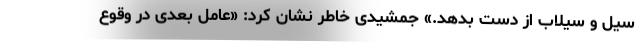
سیل و سیلاب از دست بدهد.» جمشیدی خاطر نشان کرد: «عامل بعدی در وقوع